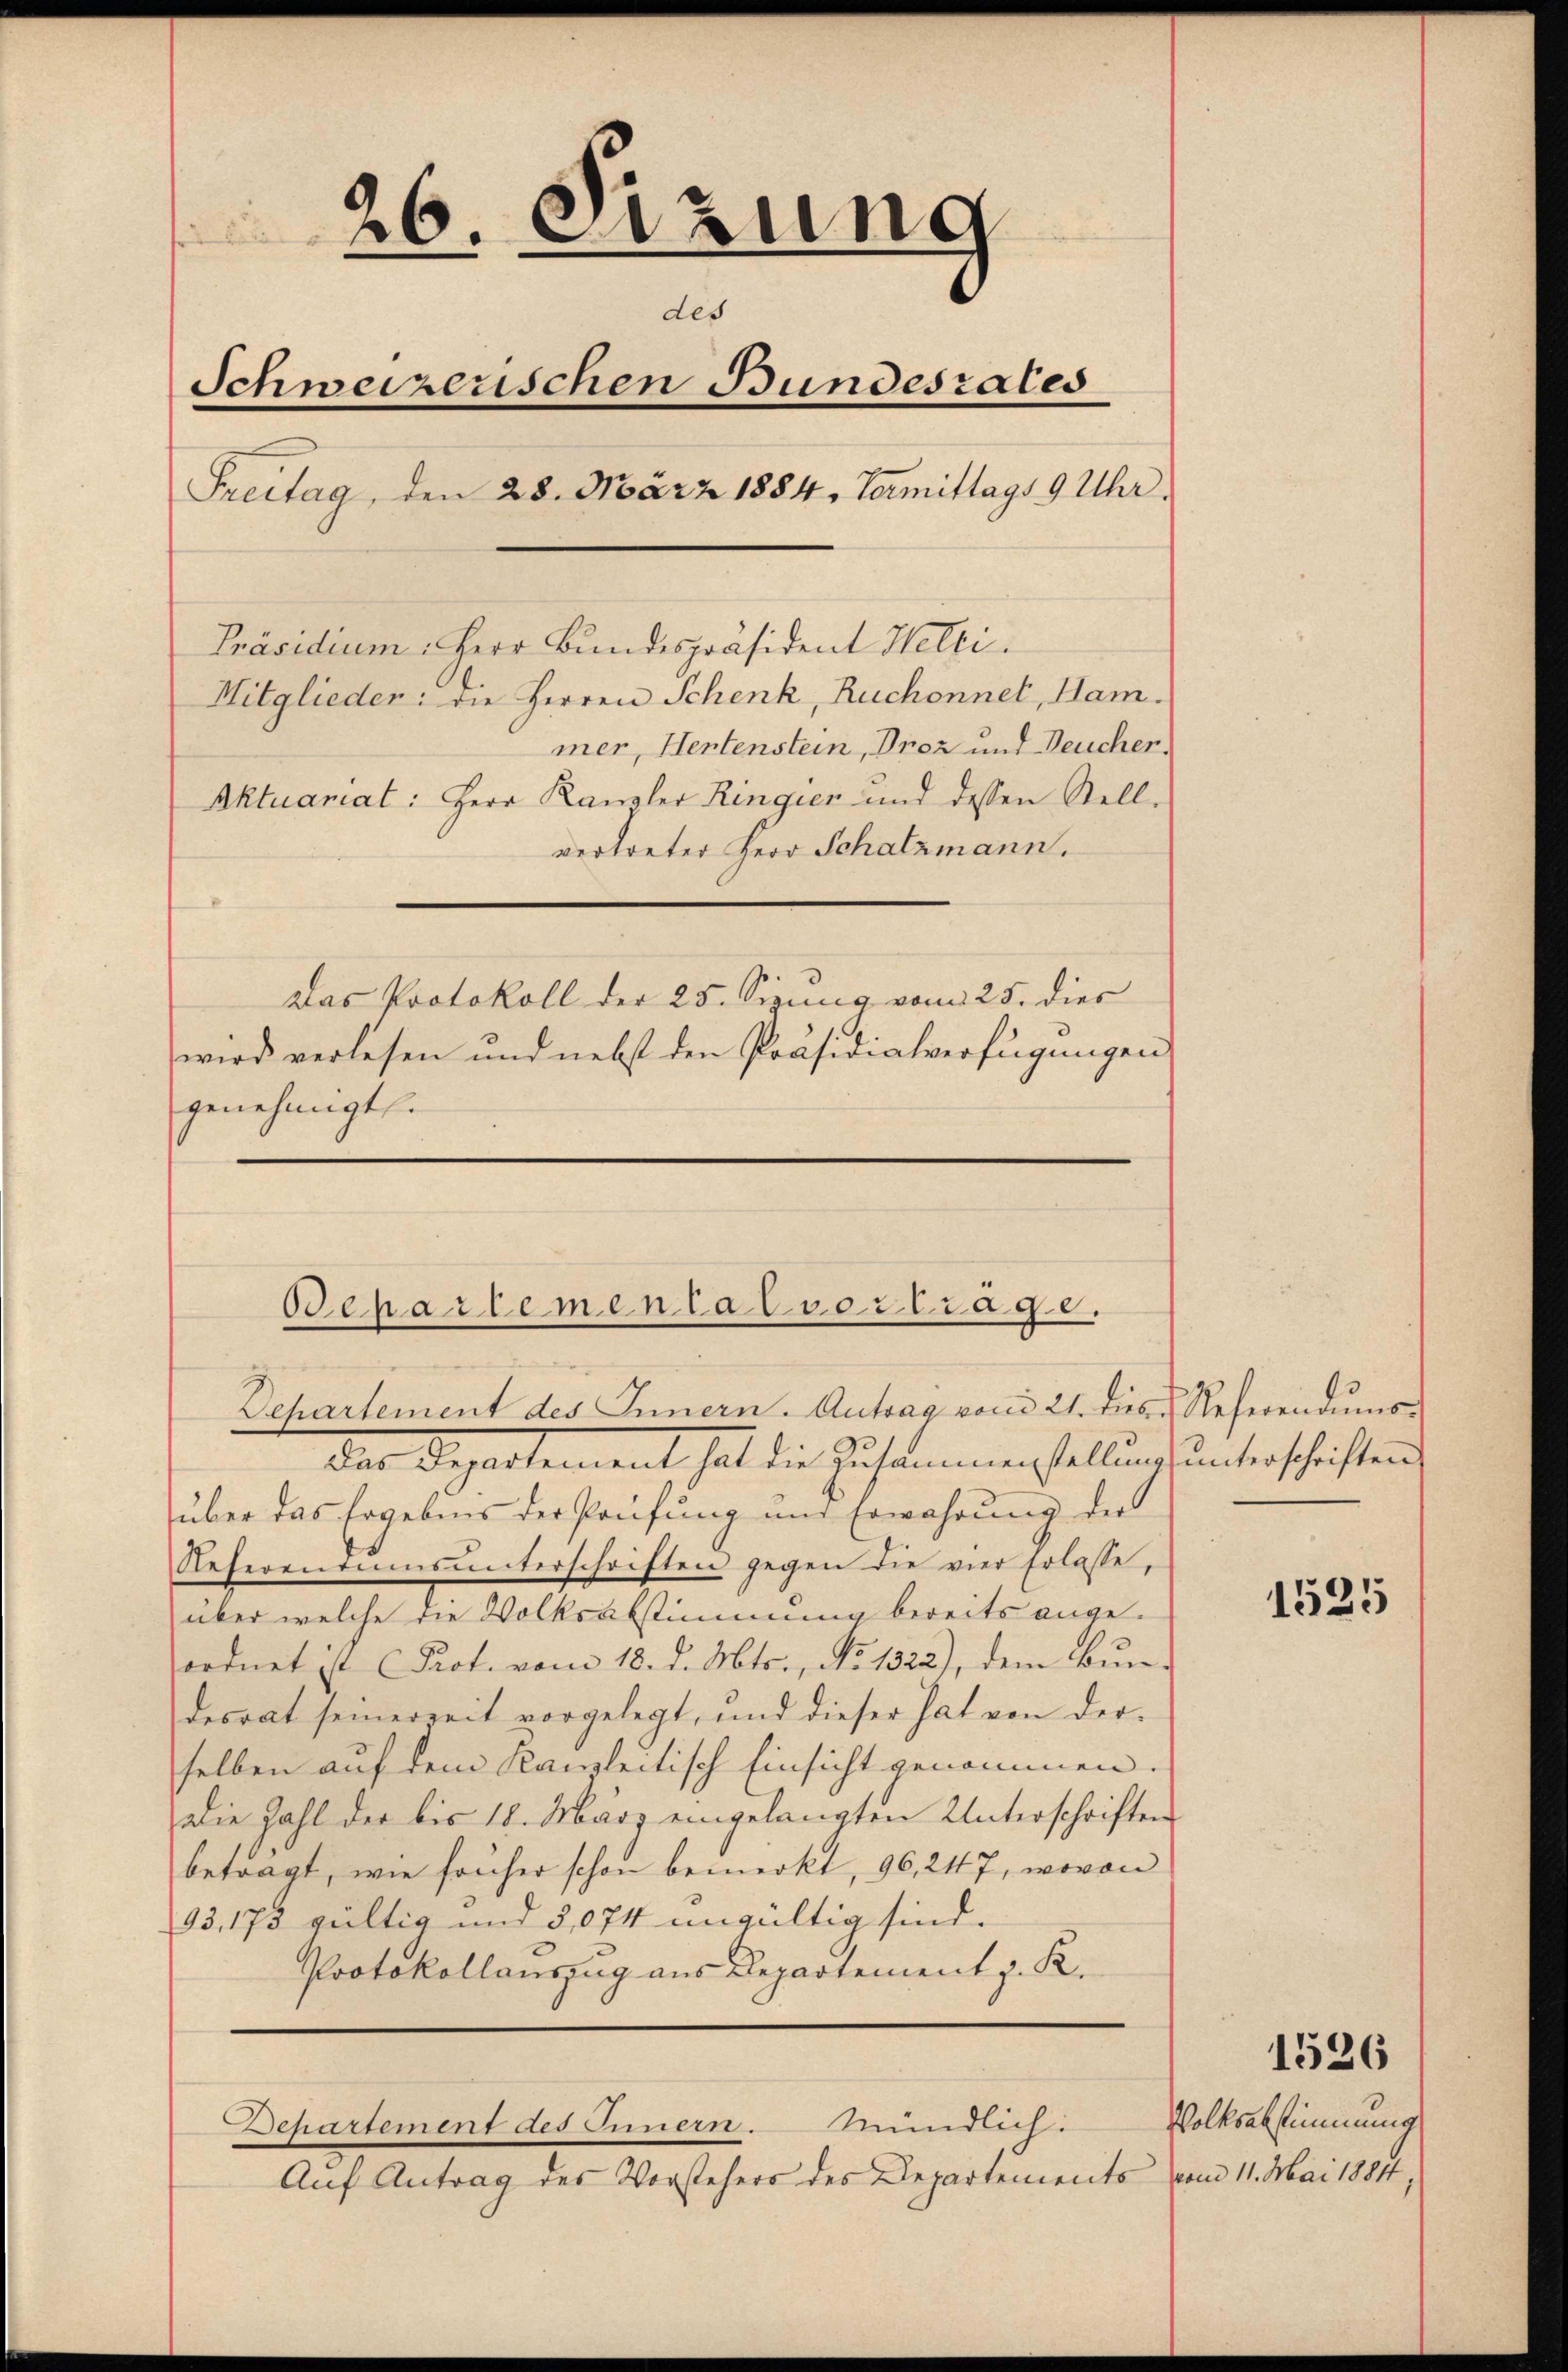
26. Sitzung
des
Schweizerischen Bundesrates
Freitag, den 28. März 1884. Termittags 9 Uhr.
Präsidium. Herr Bundespräsident Welti.
Mitglieder: die Herren Schenk, Ruchonnet, Ham.
mer, Hentenstein, Droz und Deucher,
Aktuanat: Herr Kanzler Ringier und dessen Stell-
vertreter Herr Schatzmann.
Das Protokoll der 25. Sizung vom 25. dies
wird verlesen und nebst den Präsidialverfügungen,
genehmigt.

Separtemental vortrage.
Departement des Innern. Antrag von 21. Dies Referendums¬

mündlich:
Departement des Innern.

der Departement hat die Zusammenstellung unterschriften
über das Ergebens der Prüfung und Erwahrung der
Referentums unterschriften gegen die vier Erlasse,
über welche die Volksabstimmung bereits angeordnet ist Prot. vom 18. d. Mts., No 1322), dem Bundesrat seinerzeit vorgelegt, und dieser hat von der
selben auf dem Kanzleitisch Einsicht genommen.
Die Zahl der bis 18. März eingelangten Unterschriften
betragt, wie früher schon bemerkt, 96, 247, wovon
93,173 gültig und 5,074 ungültig sind.
Protokollauszug aus Departement z. K.

Auf Antrag des Vorstehers des Departements vom 11. Mai 1881,

1525

1526

Volksabstimmung